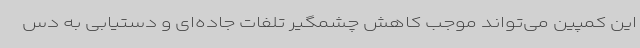
این کمپین می‌تواند موجب کاهش چشمگیر تلفات جاده‌ای و دستیابی به دس